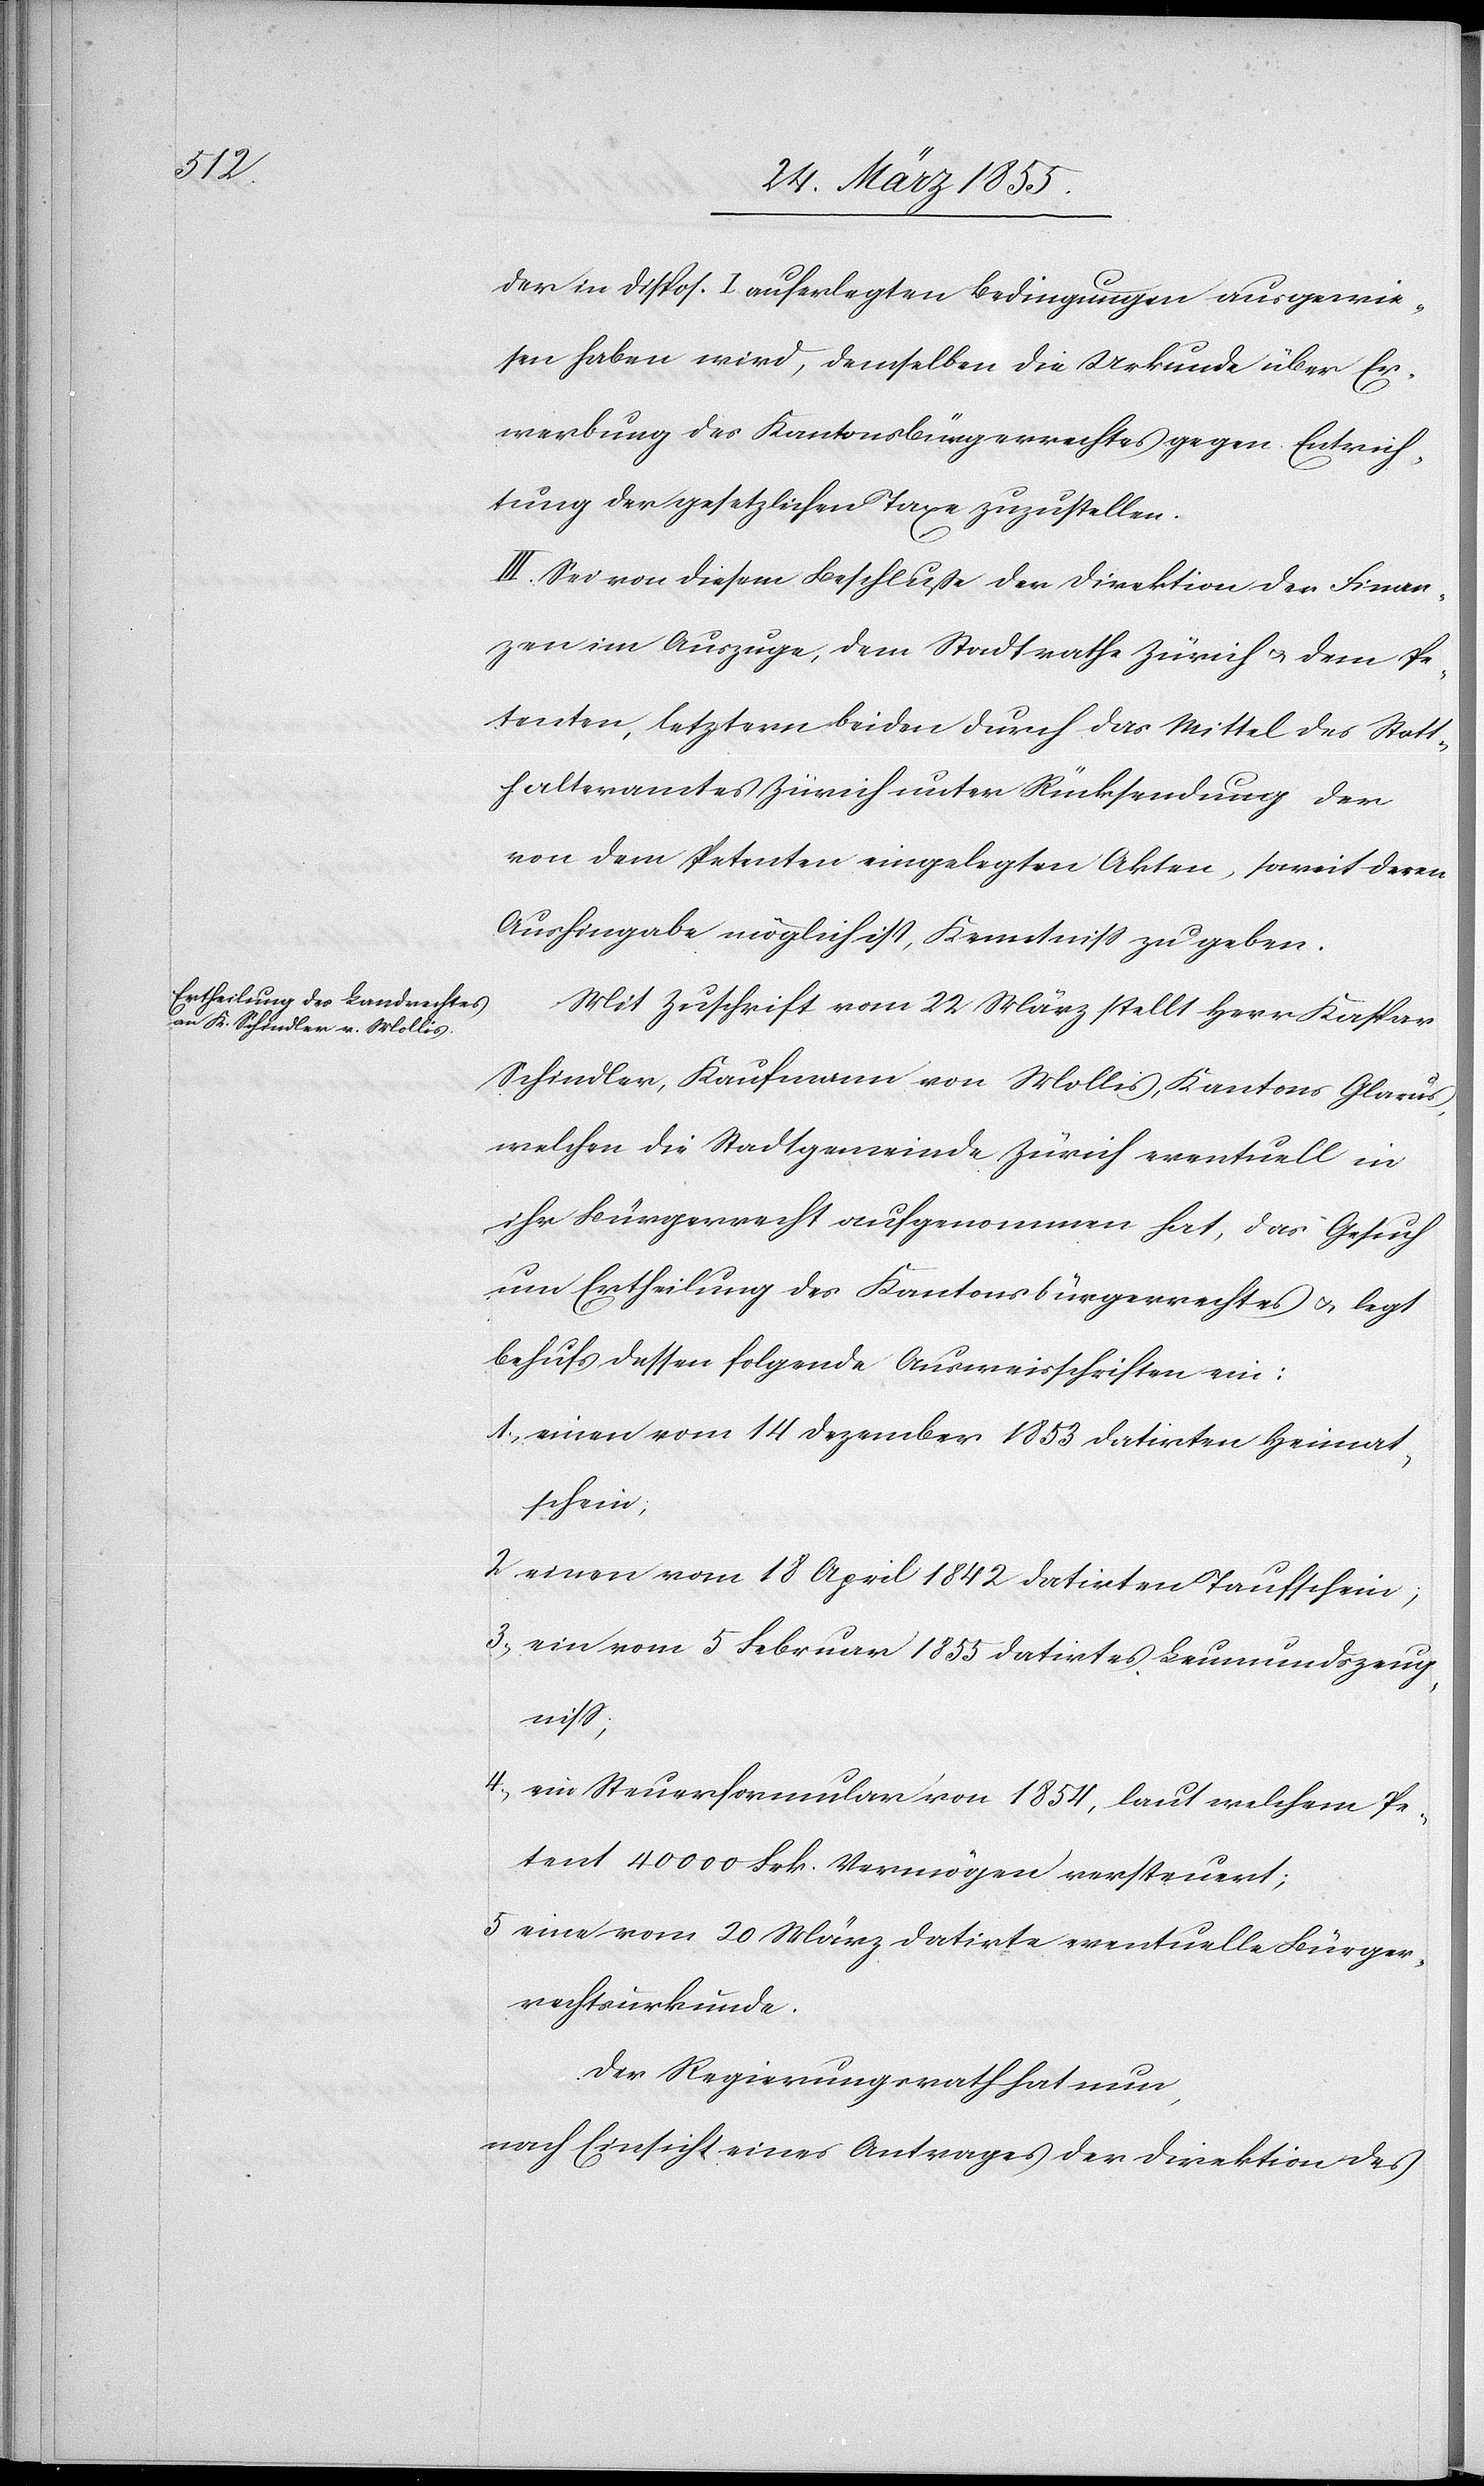
der in Dispos. I. auferlegten Bedingungen ausgewie¬
sen haben wird, demselben die Urkunde über Er¬
werbung des Kantonsbürgerrechtes gegen Entrich¬
tung der gesetzlichen Taxe zuzustellen.
III. Sei von diesem Beschluße der Direktion der Finan¬
zen im Auszuge, dem Stadtrathe Zürich & dem Pe¬
tenten, letztern beiden durch das Mittel des Statt¬
halteramtes Zürich unter Rücksendung der
von dem Petenten eingelegten Akten, soweit deren
Aushingabe möglich ist, Kenntniss zu geben.
Mit Zuschrift vom 22 März stellt Herr Kaspar
Schindler, Kaufmann von Mollis, Kantons Glarus,
welchen die Stadtgemeinde Zürich eventuell in
ihr Bürgerrecht aufgenommen hat, das Gesuch
um Ertheilung des Kantonsbürgerrechtes & legt
behufs dessen folgende Ausweisschriften ein:
einen vom 14 Dezember 1853 datirten Heimat¬
schein;
einen vom 18 April 1842 datirten Taufschein;
ein vom 5 Februar 1855 datirtes Leumundszeug¬
niss;
ein Steuerformular von 1854, laut welchem Pe¬
tent 40 000 Frk. Vermögen versteuert;
eine vom 20 März datirte eventuelle Bürger¬
rechtsurkunde.
Der Regierungsrath hat nun,
nach Einsicht eines Antrages der Direktion des